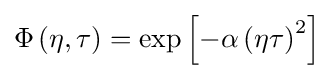
\Phi \left(\eta ,\tau \right)=\exp \left[-\alpha \left(\eta \tau \right)^{2}\right]